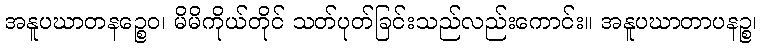
အနူပဃာတနဉ္စေဝ၊ မိမိကိုယ်တိုင် သတ်ပုတ်ခြင်းသည်လည်းကောင်း။ အနူပဃာတာပနဉ္စ၊